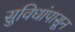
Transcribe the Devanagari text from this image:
सुविधांपासून